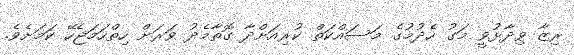
ރިޒާ ވިދާޅުވީ މަގު ހެދުމުގެ މަސައްކަތް ކުރިއަށްދާ ގޮތާމެދު ވަރަށް ހިތްހަމަޖެހޭ ކަމަށެވެ.